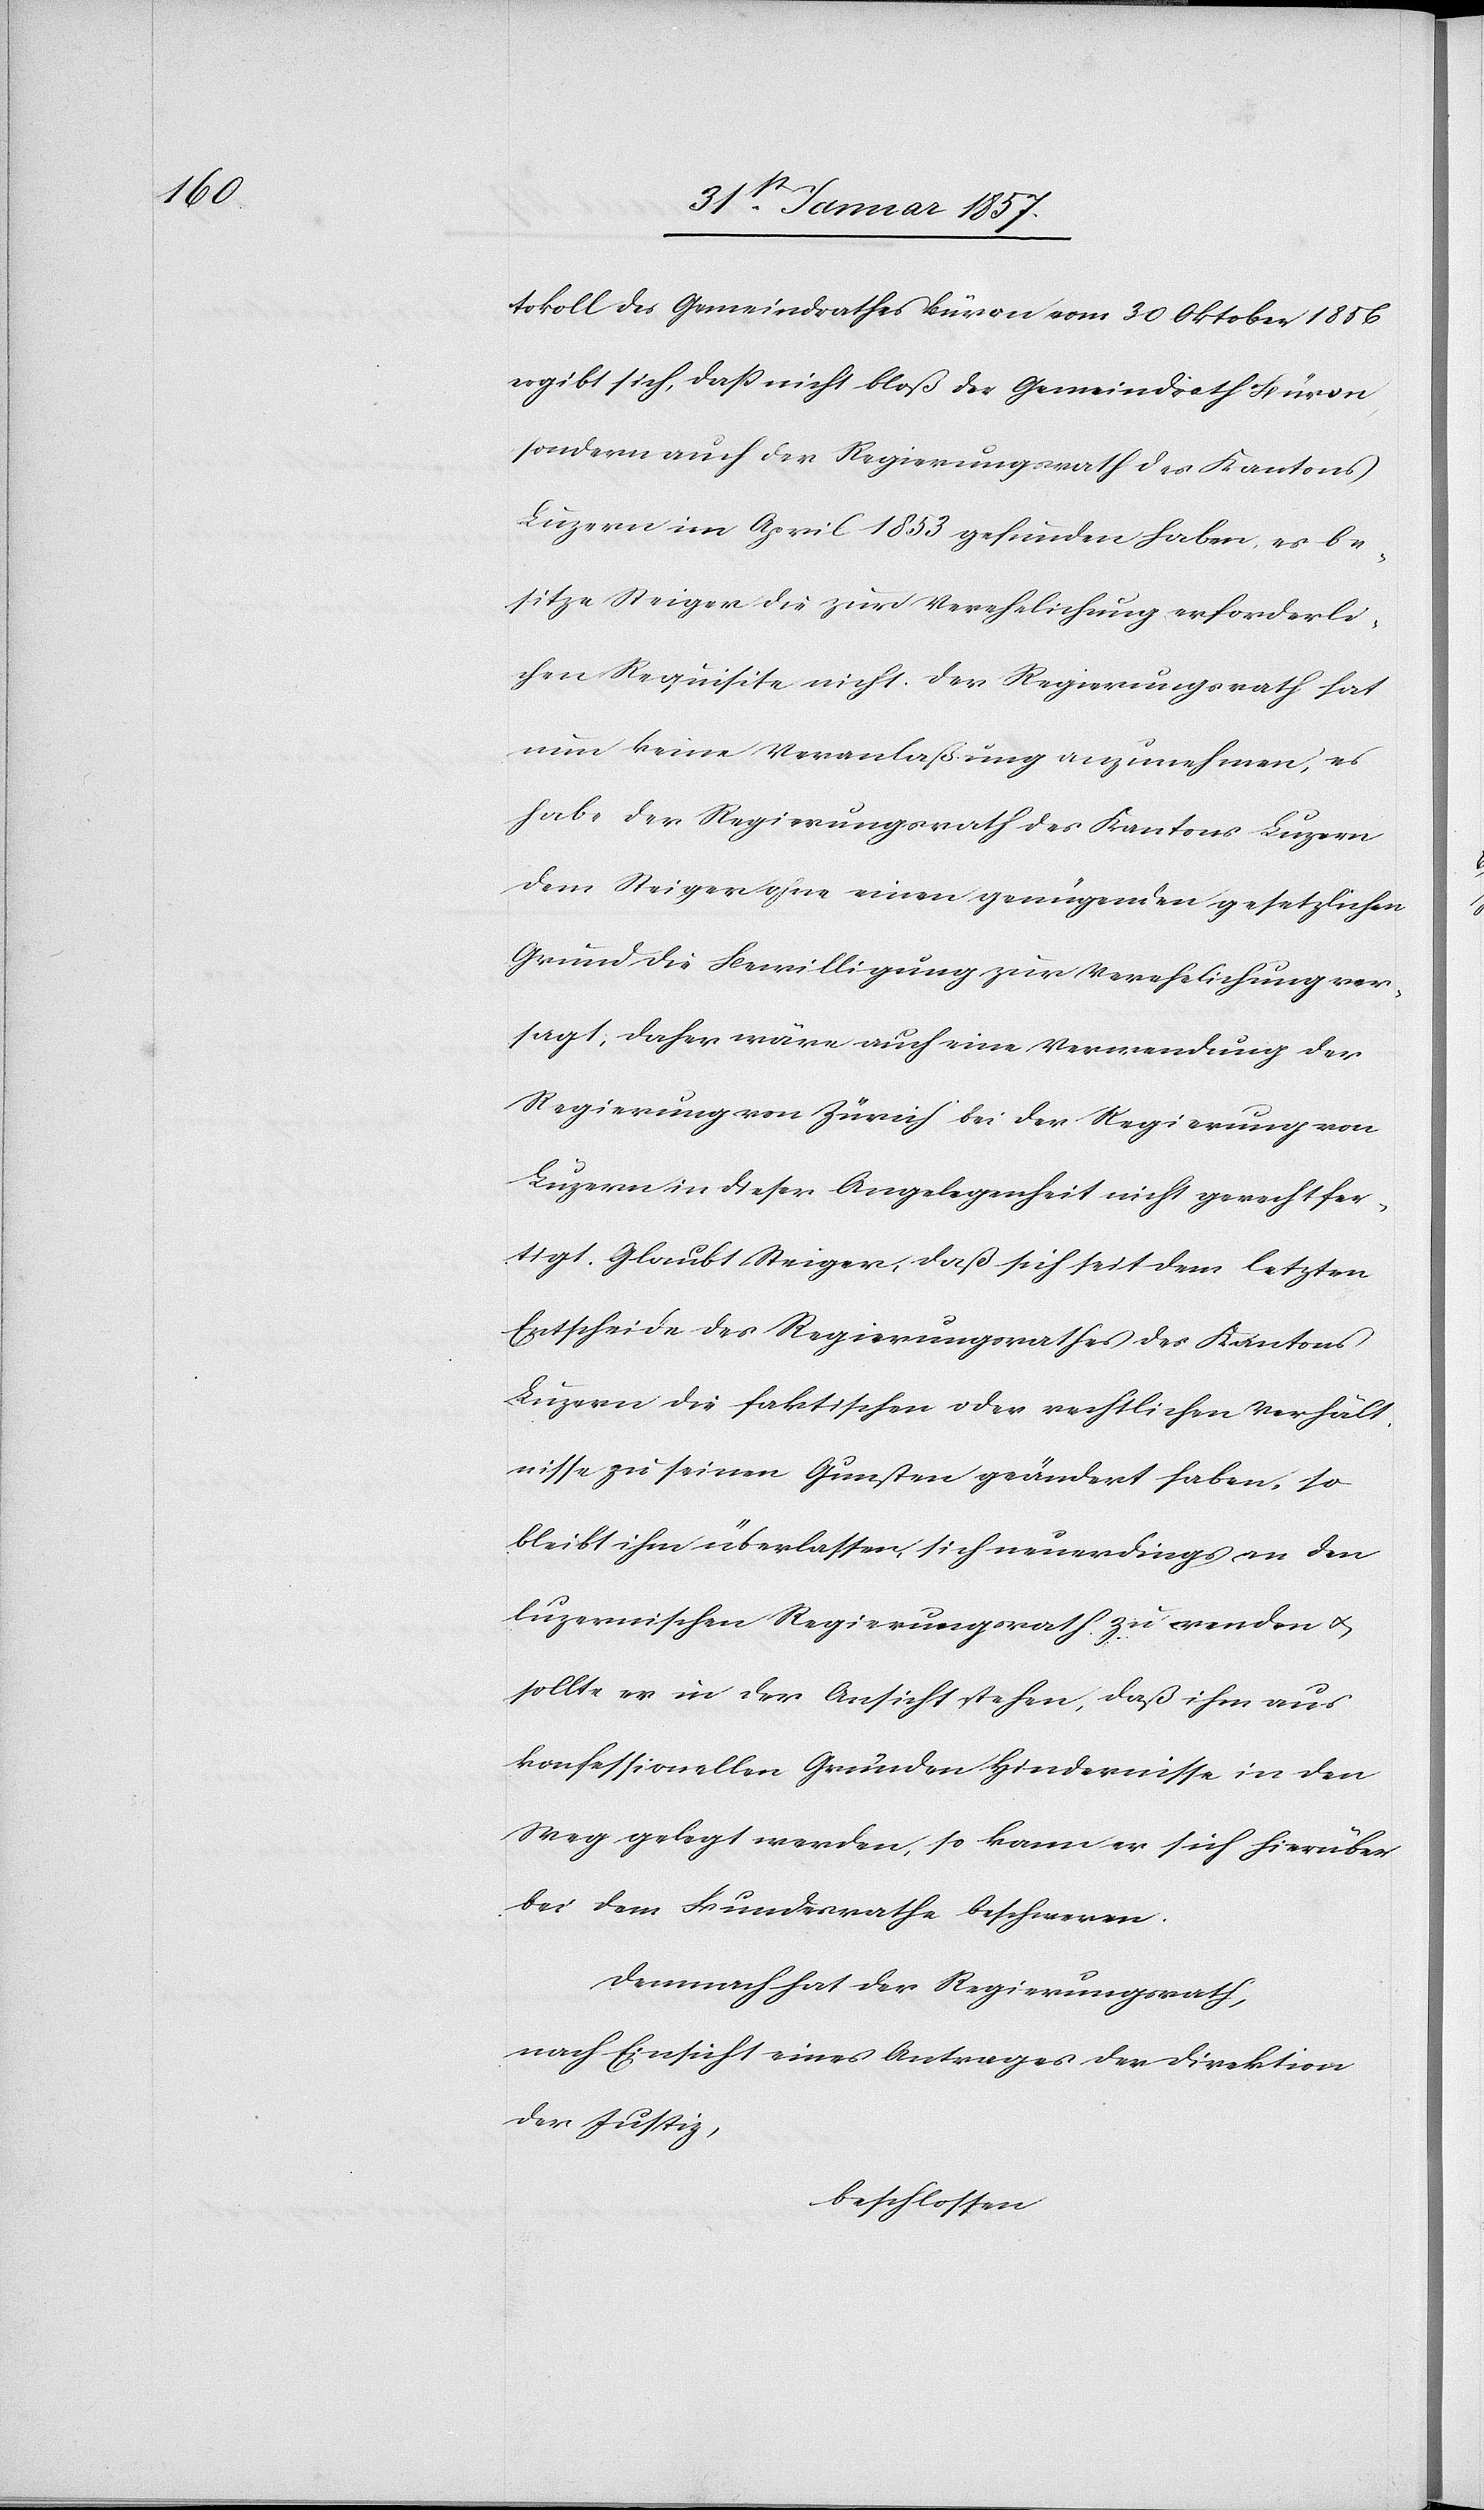
tokoll [sic!] des Gemeindrathes Büron vom 30 Oktober 1856
ergibt sich, daß nicht bloß der Gemeindrath Büron,
sondern auch der Regierungsrath des Kantons
Luzern im April 1853 gefunden haben, es be¬
sitze Steiger die zur Verehelichung erforderli¬
chen Requisite nicht. Der Regierungsrath hat
nun keine Veranlaßung anzunehmen, es
habe der Regierungsrath des Kantons Luzern
dem Steiger ohne einen genügenden gesetzlichen
Grund die Bewilligung zur Verehelichung ver¬
sagt, daher wäre auch eine Verwendung der
Regierung von Zürich bei der Regierung von
Luzern in dieser Angelegenheit nicht gerechtfer¬
tigt. Glaubt Steiger, daß sich seit dem letzten
Entscheide des Regierungsrathes des Kantons
Luzern die faktischen oder rechtlichen Verhält¬
nisse zu seinen Gunsten geändert haben, so
bleibt ihm überlassen, sich neuerdings an den
luzernischen Regierungsrath zu wenden &
sollte er in der Ansicht stehen, daß ihm aus
konfessionellen Gründen Hindernisse in den
Weg gelegt werden, so kann er sich hierüber
bei dem Bundesrathe beschweren.
Demnach hat der Regierungsrath,
nach Einsicht eines Antrages der Direktion
der Justiz,
beschlossen